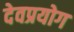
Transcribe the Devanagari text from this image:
देवप्रयोग